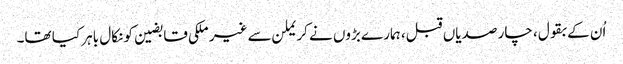
اُن کے بقول، چار صدیاں قبل، ہمارے بڑوں نے کریملن سے غیر ملکی قابضین کو نکال باہر کیا تھا۔